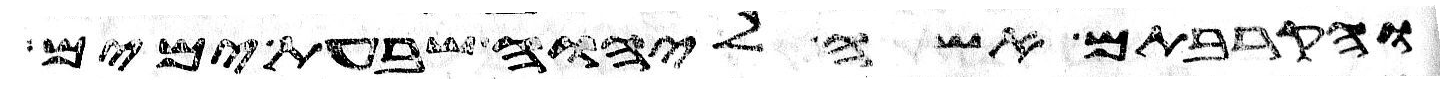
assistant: והקרבתם אשה ליהוה שבעת ימים